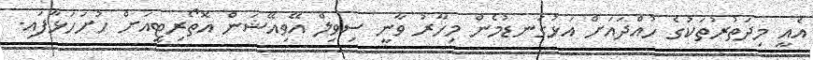
އެއީ މިދަތުރުތަކުގެ ހުއްދައަށް އަޅުގަނޑުމެން މިހާރު ވާނީ ސިވިލް އޭވިއޭޝަން އޮތޯރިޓީއަށް ހުށަހަޅާފައި.